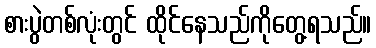
စားပွဲတစ်လုံးတွင် ထိုင်နေသည်ကိုတွေ့ရသည်။